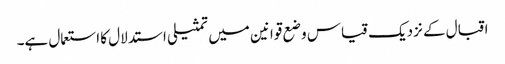
اقبال کے نزدیک قیاس وضع قوانین میں تمثیلی استدلال کا استعمال ہے۔